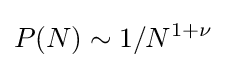
P(N)\sim 1/N^{1+\nu }